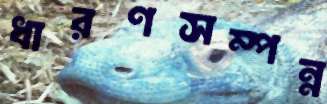
ধারণসম্পন্ন